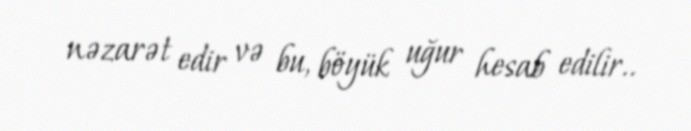
nəzarət edir və bu, böyük uğur hesab edilir..